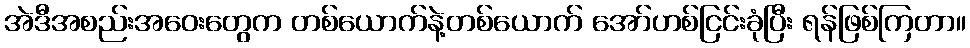
အဲဒီအစည်းအဝေးတွေက တစ်ယောက်နဲ့တစ်ယောက် အော်ဟစ်ငြင်းခုံပြီး ရန်ဖြစ်ကြတာ။